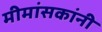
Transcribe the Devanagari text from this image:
मीमांसकांनी